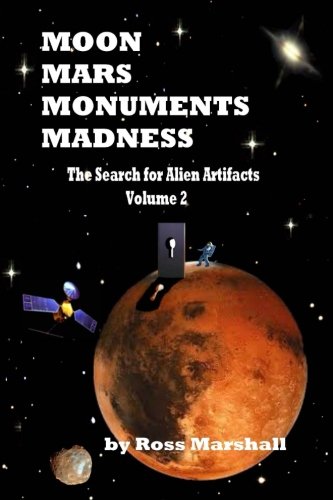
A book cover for Moon Mars Monuments Madness: The Search for Alien Artifacts Continued (Volume 2); Mr Ross Marshall; Science & Math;